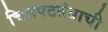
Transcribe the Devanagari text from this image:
चित्रपटतंत्राची